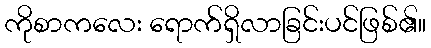
ကိုစာကလေး ရောက်ရှိလာခြင်းပင်ဖြစ်၏။